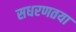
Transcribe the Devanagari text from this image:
सधरणतया